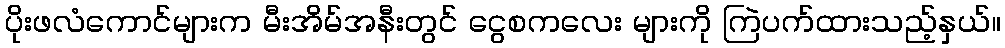
ပိုးဖလံကောင်များက မီးအိမ်အနီးတွင် ငွေစကလေး များကို ကြဲပက်ထားသည့်နှယ်။